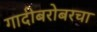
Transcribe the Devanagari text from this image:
गादीबरोबरचा